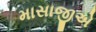
માસાજીએ